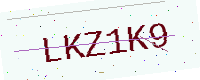
Text: LKZ1K9